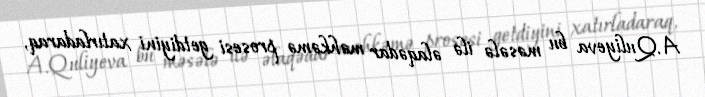
A.Quliyeva bu məsələ ilə əlaqədar məhkəmə prosesi getdiyini xatırladaraq,